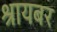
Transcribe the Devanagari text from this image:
श्रायबर